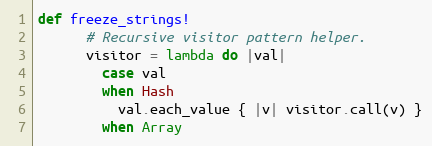
Language: Ruby
def freeze_strings!
      # Recursive visitor pattern helper.
      visitor = lambda do |val|
        case val
        when Hash
          val.each_value { |v| visitor.call(v) }
        when Array